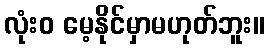
လုံးဝ မေ့နိုင်မှာမဟုတ်ဘူး။